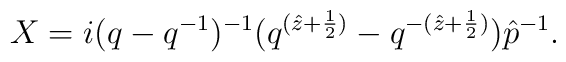
X=i(q-q^{-1})^{-1}(q^{(\hat{z}+\frac{1}{2})}-q^{-(\hat{z}+\frac{1}{2})})\hat{p}^{-1} .